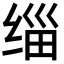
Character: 缁